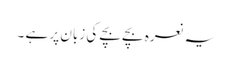
یہ نعرہ بچے بچے کی زبان پر ہے ۔